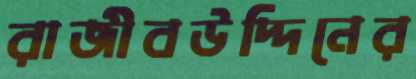
রাজীবউদ্দিনের